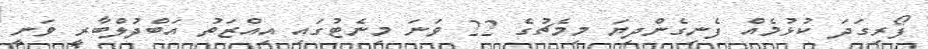
ފޯރިގަދަ ކުޅުމެއް ފެނިގެންދިޔަ މިމެޗުގެ 22 ވަނަ މިނެޓުގައި އިއްޒަތު އަބްދުލްބާރީ ވަނީ